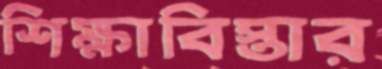
শিক্ষাবিস্তার